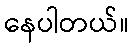
နေပါတယ်။